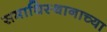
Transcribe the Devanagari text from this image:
समाधिस्थानाच्या